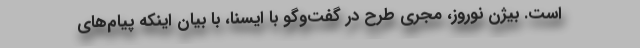
است. بیژن نوروز، مجری طرح در گفت‌وگو با ایسنا، با بیان اینکه پیام‌های